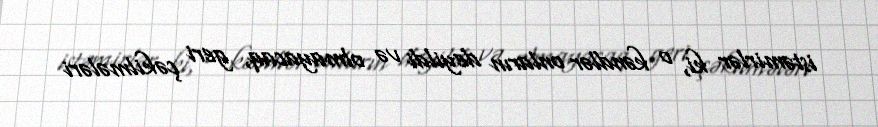
istəmirlər ki, o kəndlər onların deyildi və olmayacaq, geri çəkilmələri